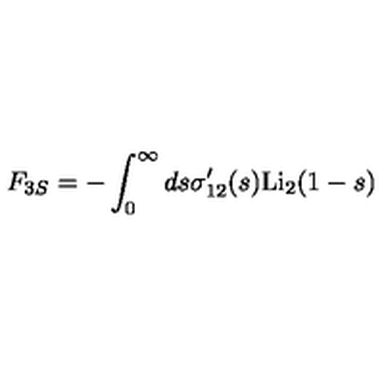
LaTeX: F _ { 3 S } = - \int _ { 0 } ^ { \infty } d s \sigma _ { 1 2 } ^ { \prime } ( s ) \mathrm { L i } _ { 2 } ( 1 - s )